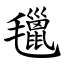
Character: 㲱